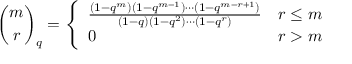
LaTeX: { \binom { m } { r } } _ { q } = { \left\{ \begin{array} { l l } { { \frac { ( 1 - q ^ { m } ) ( 1 - q ^ { m - 1 } ) \cdots ( 1 - q ^ { m - r + 1 } ) } { ( 1 - q ) ( 1 - q ^ { 2 } ) \cdots ( 1 - q ^ { r } ) } } } & { r \leq m } \\ { 0 } & { r > m } \end{array} \right. }